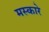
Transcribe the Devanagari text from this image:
मस्कारे